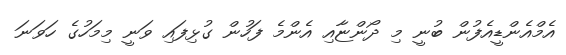
އެމްއެންޑީއެފުން ބުނީ މި ދޯންޏާއި އެންމެ ފަހުން ގުޅިފައި ވަނީ މިމަހުގެ ހަވަނަ